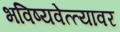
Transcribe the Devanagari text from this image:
भविष्यवेत्त्यावर